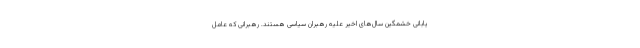
یابانی خشمگین سال‌های اخیر علیه رهبران سیاسی هستند. رهبرانی که عامل